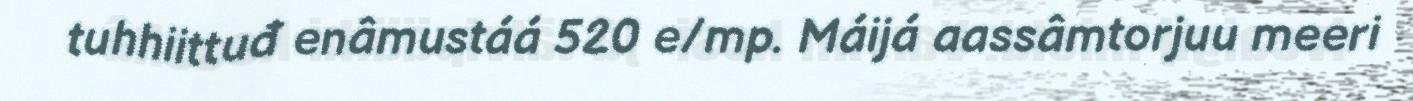
tuhhiittuđ enâmustáá 520 e/mp. Máijá aassâmtorjuu meeri